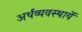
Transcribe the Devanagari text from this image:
अर्थव्यवस्थायें